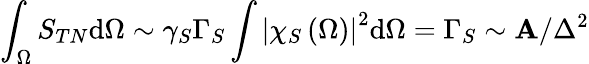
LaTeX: \int_{\Omega}S_{TN}\mathrm{d}\Omega\sim\gamma_{S}\Gamma_{S}\int\left|\chi_{S}\left(\Omega\right)\right|^{2}\mathrm{d}\Omega=\Gamma_{S}\sim\mathbf{A}/\Delta^{2}